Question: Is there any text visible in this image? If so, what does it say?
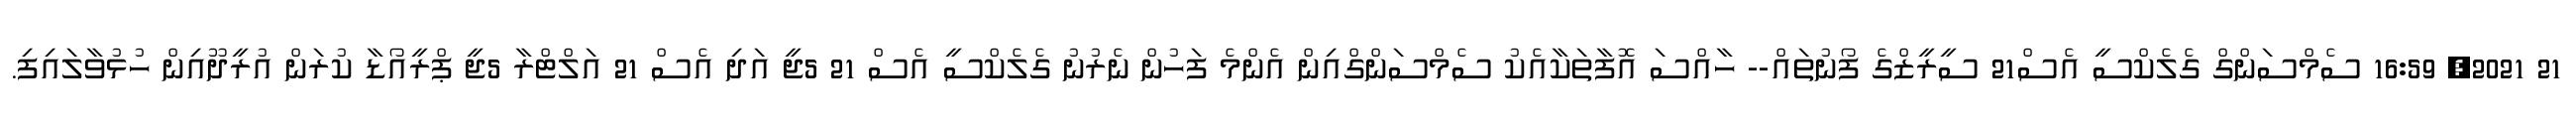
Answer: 21 2021, 16:59 ސެމްސަންގް ގެލެކްސީ އެސް21 ސީރީޒްގެ ފޯނުތައް-- ހާއްސަ އޮފާތަކާއެކު ސެމްސަންގްއިން އެންމެ ފަހުން ނެރުނު ގެލެކްސީ އެސް 21 5ޖީ އަދި އެސް 21 އަލްޓްރާ 5ޖީ ޕްރީއޯޑާ ކުރަން އުރީދޫއިން ހުޅުވާލައިފި.